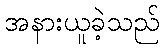
အနားယူခဲ့သည်